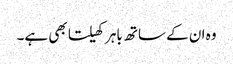
وہ ان کے ساتھ باہر کھیلتا بھی ہے۔